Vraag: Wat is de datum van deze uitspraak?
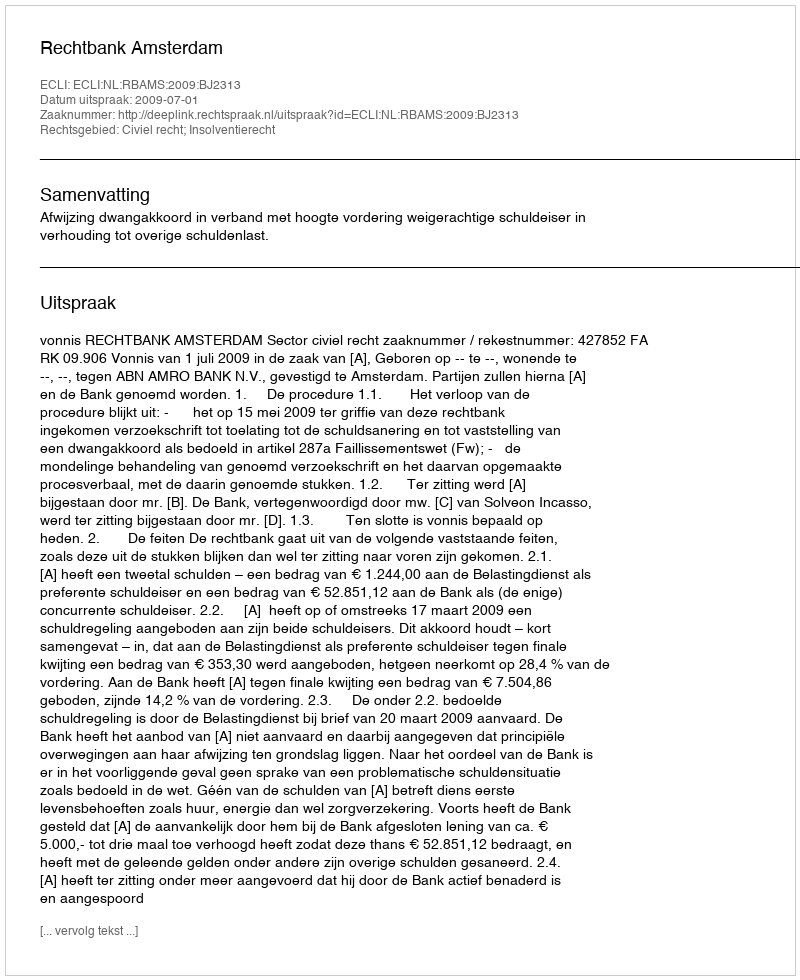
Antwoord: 2009-07-01